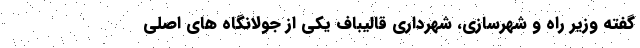
گفته وزیر راه و شهرسازی، شهرداری قالیباف یکی از جولانگاه های اصلی